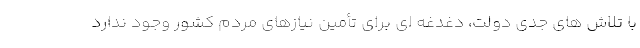
با تلاش های جدی دولت، دغدغه ای برای تأمین نیازهای مردم کشور وجود ندارد